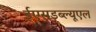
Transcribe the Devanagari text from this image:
ईएसडब्ल्यूएल